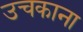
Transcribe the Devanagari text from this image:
उचकाना